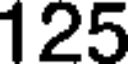
125